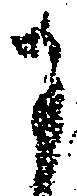
に